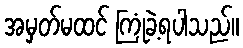
အမှတ်မထင် ကြုံခဲ့ရပါသည်။